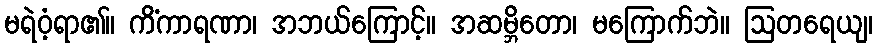
မရဲဝံ့ရာ၏။ ကိံကာရဏာ၊ အဘယ်ကြောင့်။ အဆမ္ဘိတော၊ မကြောက်ဘဲ။ ဩတရေယျ၊